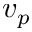
v _ { p }